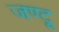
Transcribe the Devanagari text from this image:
जण्टू